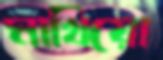
মাখিয়ো